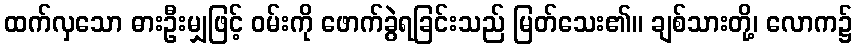
ထက်လှသော ဓားဦးမျှဖြင့် ဝမ်းကို ဖောက်ခွဲရခြင်းသည် မြတ်သေး၏။ ချစ်သားတို့၊ လောက၌